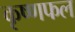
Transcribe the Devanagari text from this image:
कृष्णफल